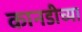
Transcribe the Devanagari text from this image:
कानडीच्या